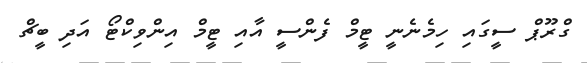
ގްރޫޕް ސީގައި ހިމެނެނީ ޓީމް ފެންސީ އާއި ޓީމް އިންވިކްޓޯ އަދި ބީޗް